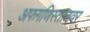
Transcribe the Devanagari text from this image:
अफगणिस्तानवर